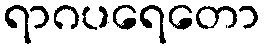
ရာဂပရေတော